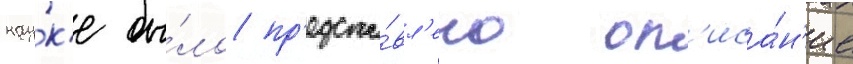
нау́к'е бы́ло пр'едста́вл'ено оп'иса́н'ие